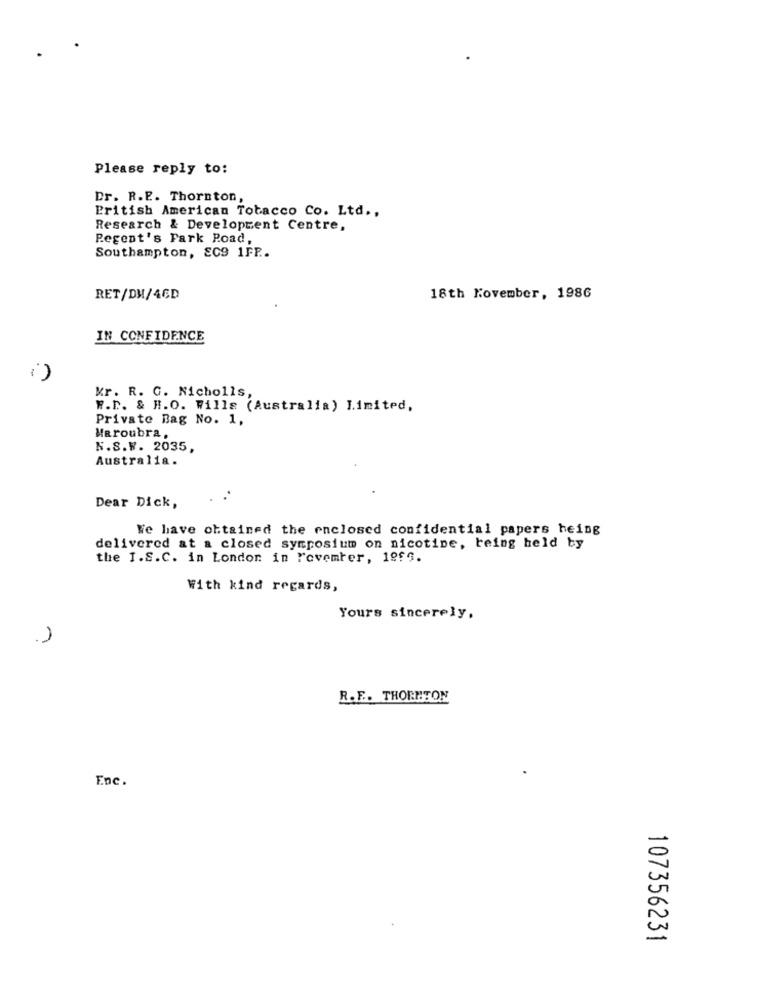
Please reply to:
Dr. R.E .. Thornton,
British American Tobacco Co. Ltd .,
Research & Development Centre,
Regent's Park Road,
Southampton, EC9 1FP ..
RET/DM/46D
18th November, 1986
IN CONFIDENCE
i)
Mr. R. C. Nicholls,
W.D. & H.O. Wills (Australia) Limited.
Private Bag No. 1,
MRroubra,
N.S.W. 2035,
Australia.
Dear Dick,
We have obtained the enclosed confidential papers heing
delivered at a closed symposium on nicotine, being held by
the I.S.C. in London in Fovemter, 1859.
With kind regards,
Yours sincerely,
R.F. THORNTON
Enc.
107356231